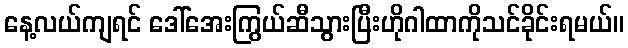
နေ့လယ်ကျရင် ဒေါ်အေးကြွယ်ဆီသွားပြီးဟိုဂါထာကိုသင်ခိုင်းရမယ်။